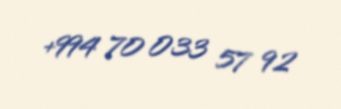
+994 70 033 57 92